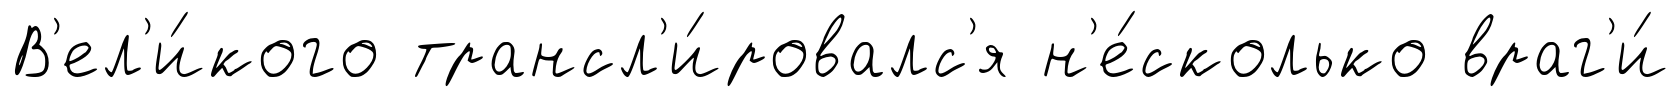
В'ел'и́кого трансл'и́ровалс'я н'е́сколько враг'и́